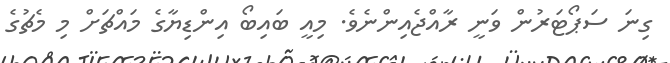
ގިނަ ސަޕޯޓަރުން ވަނީ ރާއްޖެއިންނެވެ. މިއީ ބައިބޯ އިންޑިޔާގެ މައްޗަށް މި މެޗުގެ